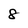
Character: 8